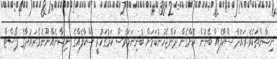
ނިޝާންތަކެވެ.ރައުދާ ސްކާފެއް ބޭނުން ކޮށްގެން ދަންޖެހުނުކަމަށް ބުނިނަމަވެސް ކަރުގަހުރީ ސްކާފެއްގެ ނިޝާނެއްނޫނެވެ.ރައުދާގެ ޕޯސްޓް